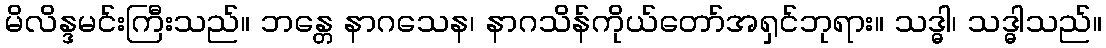
မိလိန္ဒမင်းကြီးသည်။ ဘန္တေ နာဂသေန၊ နာဂသိန်ကိုယ်တော်အရှင်ဘုရား။ သဒ္ဓါ၊ သဒ္ဓါသည်။